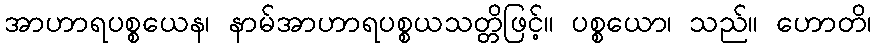
အာဟာရပစ္စယေန၊ နာမ်အာဟာရပစ္စယသတ္တိဖြင့်။ ပစ္စယော၊ သည်။ ဟောတိ၊